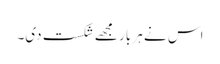
اس نے ہر بار مجھے شکست دی۔